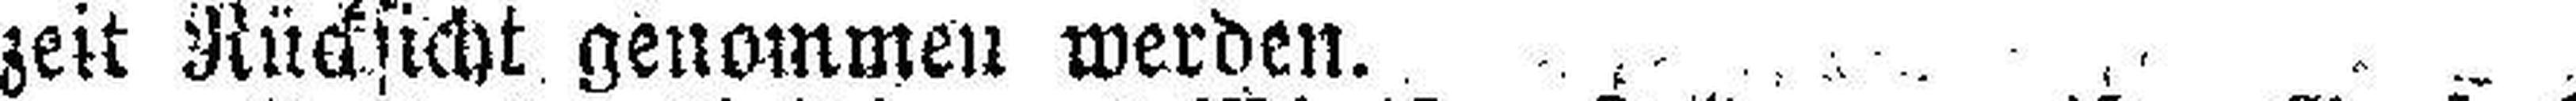
zeit Rücksicht genommen werden.